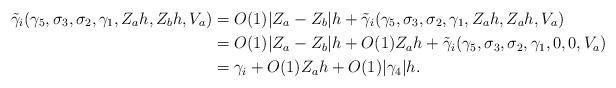
LaTeX: \begin{align*}\tilde{\gamma}_{i}(\gamma_{5},\sigma_3,\sigma_2,\gamma_1,Z_{a}h,Z_{b}h,V_a)&=O(1)|Z_a-Z_b|h+\tilde{\gamma}_{i}(\gamma_{5},\sigma_3,\sigma_2,\gamma_1,Z_{a}h,Z_{a}h,V_a)\\&=O(1)|Z_a-Z_b|h+O(1)Z_{a}h+\tilde{\gamma}_{i}(\gamma_{5},\sigma_3,\sigma_2,\gamma_1,0,0,V_a)\\&=\gamma_i+O(1)Z_{a}h+O(1)|\gamma_4|h.\end{align*}